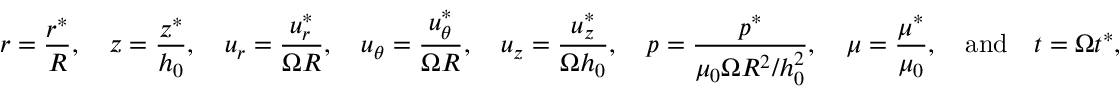
r = \frac { r ^ { * } } { R } , ~ ~ ~ z = \frac { z ^ { * } } { h _ { 0 } } , ~ ~ ~ u _ { r } = \frac { u _ { r } ^ { * } } { \Omega R } , ~ ~ ~ u _ { \theta } = \frac { u _ { \theta } ^ { * } } { \Omega R } , ~ ~ ~ u _ { z } = \frac { u _ { z } ^ { * } } { \Omega h _ { 0 } } , ~ ~ ~ p = \frac { p ^ { * } } { \mu _ { 0 } \Omega R ^ { 2 } / h _ { 0 } ^ { 2 } } , ~ ~ ~ \mu = \frac { \mu ^ { * } } { \mu _ { 0 } } , ~ ~ ~ \mathrm { a n d } ~ ~ ~ t = \Omega t ^ { * } ,